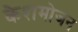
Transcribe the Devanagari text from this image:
केशमोजन